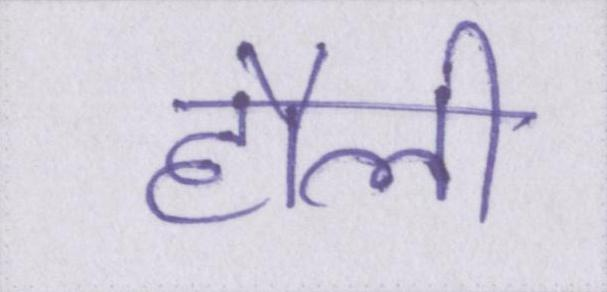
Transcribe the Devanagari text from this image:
हौली